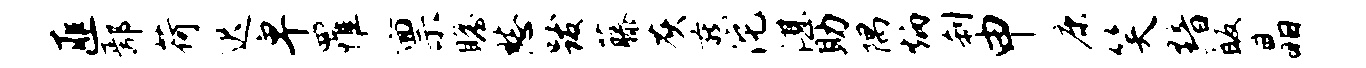
匪鄢荷迟卑罹禀瞻愁跋藤灰燕沱湛助隅炳刹申康笑黯皈晶